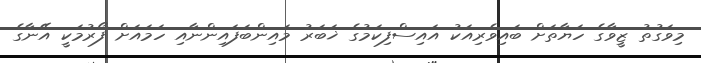
މިވަގުތު ޒީވާގެ ހަޔާތަށް ބައިވެރިއަކު އައިސްފިކަމުގެ ޚަބަރު މައިންބަފައިންނާއި ހަމައަށް ފޯރުމަކީ އޭނާގެ